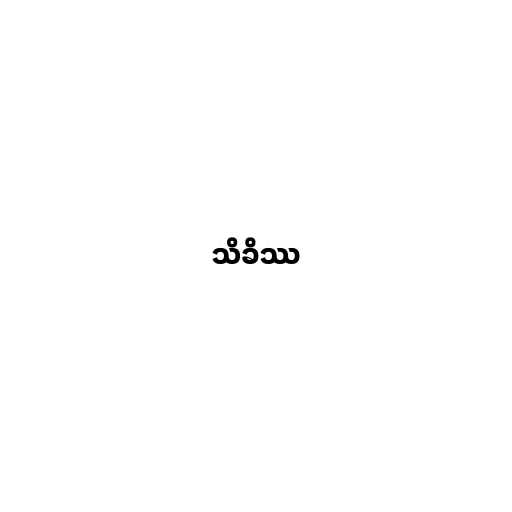
သိခိဿ